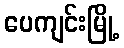
ပေကျင်းမြို့